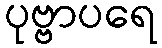
ပုဗ္ဗာပရေ